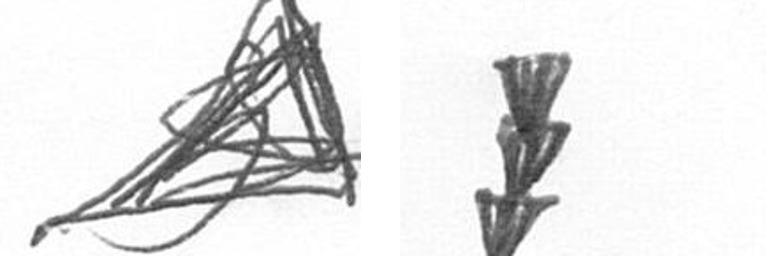
O E